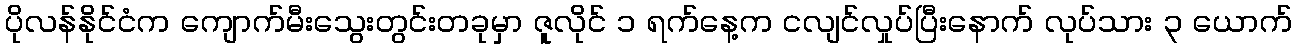
ပိုလန်နိုင်ငံက ကျောက်မီးသွေးတွင်းတခုမှာ ဇူလိုင် ၁ ရက်နေ့က ငလျင်လှုပ်ပြီးနောက် လုပ်သား ၃ ယောက်